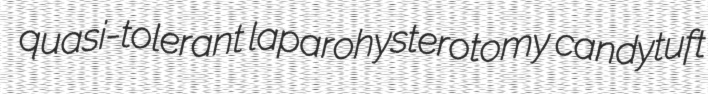
quasi-tolerant laparohysterotomy candytuft